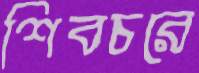
শিবচরে